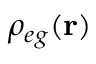
\rho _ { e g } ( \mathbf { r } )